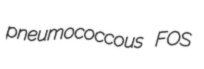
pneumococcous FOS